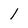
Character: 1